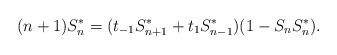
LaTeX: \begin{align*}(n+1)S_{n}^{*}=(t_{-1}S_{n+1}^{*}+t_{1}S_{n-1}^{*})(1-S_{n}S_{n}^{*}).\end{align*}